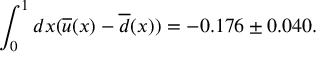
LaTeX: \int _ { 0 } ^ { 1 } d x ( \overline { { { u } } } ( x ) - \overline { { { d } } } ( x ) ) = - 0 . 1 7 6 \pm 0 . 0 4 0 .